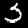
Digit: 3